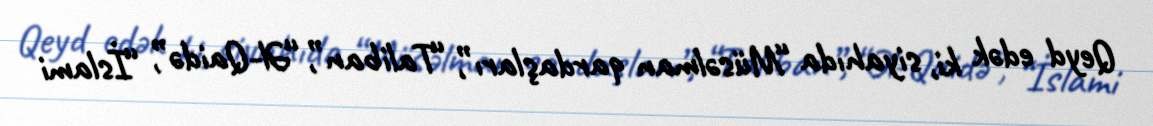
Qeyd edək ki, siyahıda “Müsəlman qardaşları”, “Taliban”, “Əl-Qaidə”, “İslami